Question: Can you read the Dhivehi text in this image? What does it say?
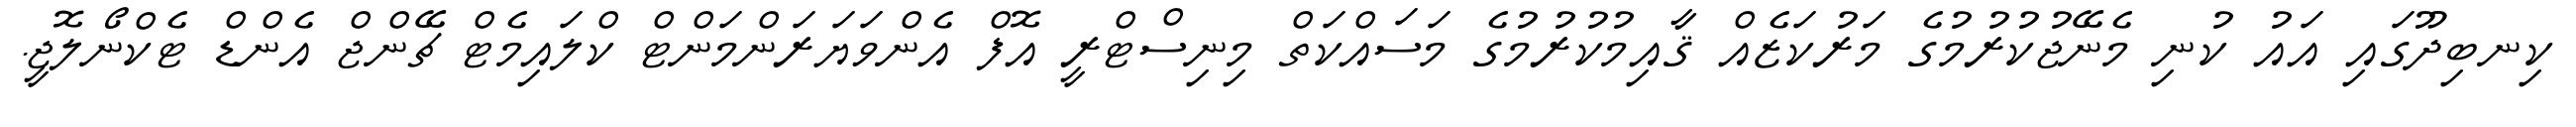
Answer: ކިނބިދޫގައި އައު ކުނި މެނޭޖުކުރުމުގެ މަރުކަޒެއް ޤާއިމުކުރުމުގެ މަސައްކަތް މިނިސްޓްރީ އޮފް އެންވަޔަރަންމަންޓް ކްލައިމެޓް ޗޭންޖް އެންޑް ޓެކްނޯލޮޖީ.